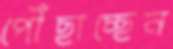
পৌঁছাচ্ছেন